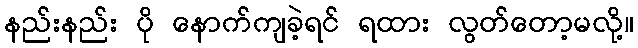
နည်းနည်း ပို နောက်ကျခဲ့ရင် ရထား လွတ်တော့မလို့။